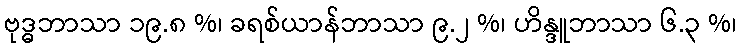
ဗုဒ္ဓဘာသာ ၁၉.၈ %၊ ခရစ်ယာန်ဘာသာ ၉.၂ %၊ ဟိန္ဒူဘာသာ ၆.၃ %၊